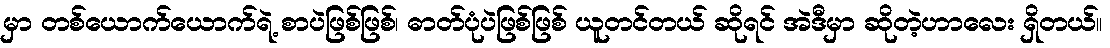
မှာ တစ်ယောက်ယောက်ရဲ့ စာပဲဖြစ်ဖြစ်၊ ဓာတ်ပုံပဲဖြစ်ဖြစ် ယူတင်တယ် ဆိုရင် အဲဒီမှာ ဆိုတဲ့ဟာလေး ရှိတယ်။